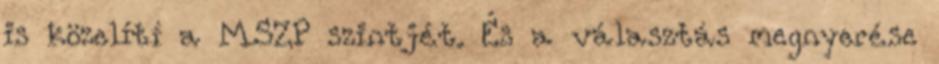
is közelítí a MSZP szintjét. És a választás megnyerése